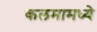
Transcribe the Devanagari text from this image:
कलमामध्ये